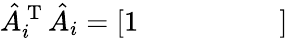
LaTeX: \hat{A}_{i}^{\mathrm{~T~}}\hat{A}_{i}=\left[\begin{array}{llllll}{1}&{}&{}&{}&{}&{}\end{array}\right]